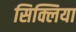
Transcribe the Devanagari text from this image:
सिक्लिया